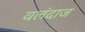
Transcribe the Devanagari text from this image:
वलंदाज